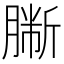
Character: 𦠀